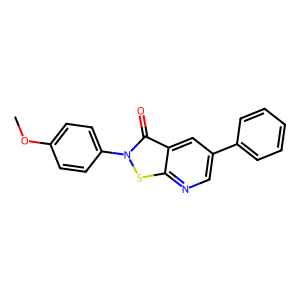
SMILES: COc1ccc(-n2sc3ncc(-c4ccccc4)cc3c2=O)cc1
Inhibits HIV replication: Yes